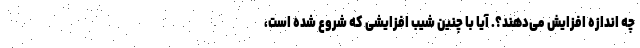
چه اندازه افزایش می‌دهند؟. آیا با چنین شیب افزایشی که شروع شده است،